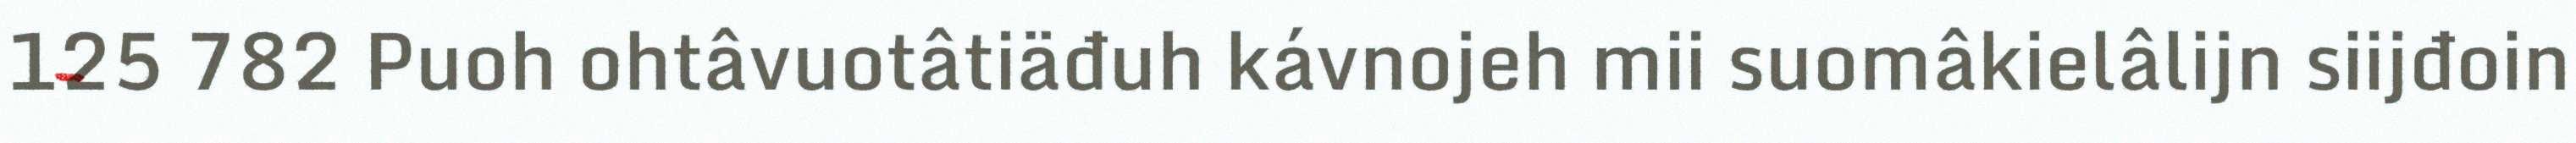
125 782 Puoh ohtâvuotâtiäđuh kávnojeh mii suomâkielâlijn siijđoin